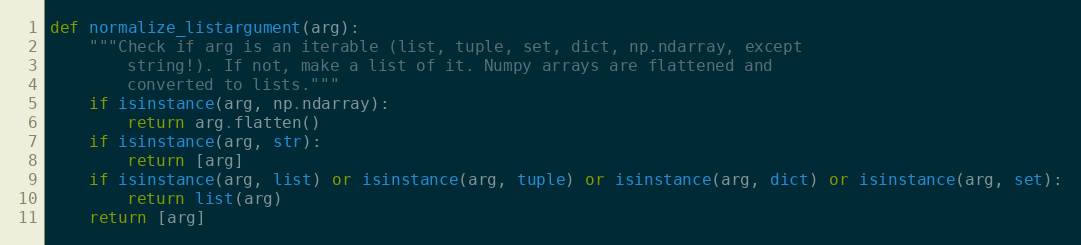
Language: Python
def normalize_listargument(arg):
    """Check if arg is an iterable (list, tuple, set, dict, np.ndarray, except
        string!). If not, make a list of it. Numpy arrays are flattened and
        converted to lists."""
    if isinstance(arg, np.ndarray):
        return arg.flatten()
    if isinstance(arg, str):
        return [arg]
    if isinstance(arg, list) or isinstance(arg, tuple) or isinstance(arg, dict) or isinstance(arg, set):
        return list(arg)
    return [arg]